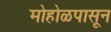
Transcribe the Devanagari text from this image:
मोहोळपासून